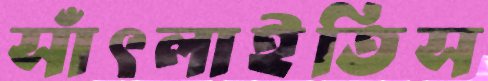
সাঁৎলাইতিস